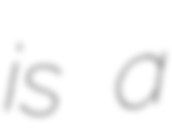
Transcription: is a